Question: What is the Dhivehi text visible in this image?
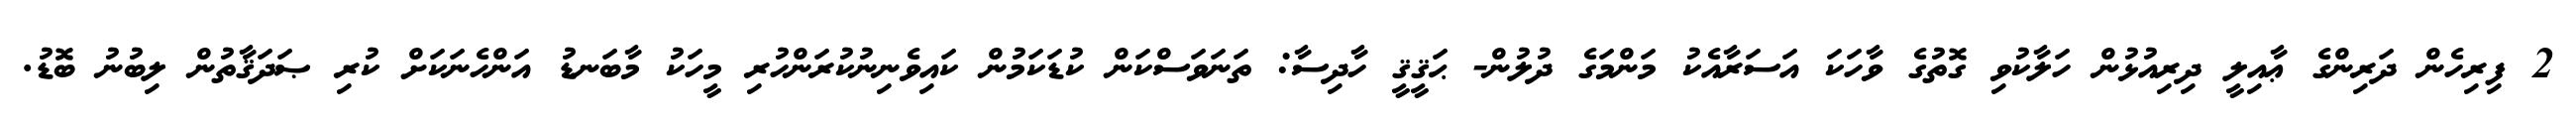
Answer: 2 ފިރިހެން ދަރިންގެ ޢާއިލީ ދިރިއުޅުން ހަލާކުވި ގޮތުގެ ވާހަކަ އަސަރާއެކު މަންމަގެ ދުލުން- ޙަޤީޤީ ހާދިސާ: ތަނަވަސްކަން ކުޑަކަމުން ކައިވެނިނުކުރަންހުރި މީހަކު މާބަނޑު އަންހެނަކަށް ކުރި ޞަދަޤާތުން ލިބުނު ބޮޑު.